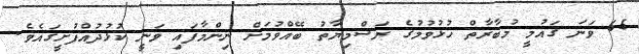
65 ވަނަ ގައުމީ މުބާރާތް ހުޅުވުމުގެ ރަސްމިޔާތު ބޭއްވުމަށް ނިންމާފައި ވަނީ ކުޅުދުއްފުށީގައެވެ.